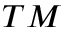
T M